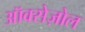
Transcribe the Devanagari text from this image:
ऑक्सेज़ोल